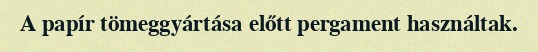
A papír tömeggyártása előtt pergament használtak.